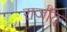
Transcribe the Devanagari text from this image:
राजौंद